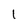
Character: 1